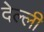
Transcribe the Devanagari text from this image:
देल्ली